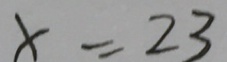
x = 2 3